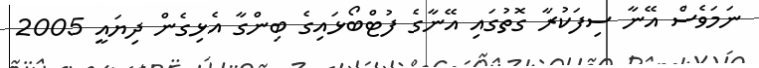
ނަމަވެސް އޭނާ ސިފަކުރާ ގޮތުގައި އޭނާގެ ފުޓްބޯޅައިގެ ބިންގާ އެޅިގެން ދިޔައީ 2005